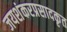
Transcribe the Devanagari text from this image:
जयशंकरप्रसादकृत